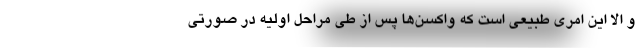
و الا این امری طبیعی است که واکسن‌ها پس از طی مراحل اولیه در صورتی